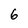
Character: 6